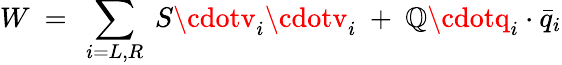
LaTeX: W~=~\sum_{i=L,R}~S\cdotv_{i}\cdotv_{i}~+~\mathbb{Q}\cdotq_{i}\cdot\bar{{q}}_{i}